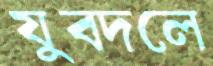
যুবদলে